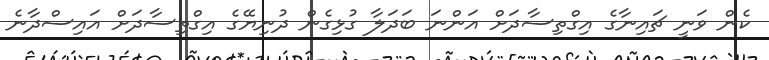
ކެން ވަނީ ޗައިނާގެ އިގްތިސާދަށް އަންނަ ބަދަލާ ގުޅިގެން ދުނިޔޭގެ އިގްތިސާދަށް އައިސްދާނެ